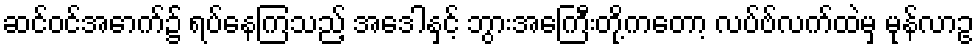
ဆင်ဝင်အောက်၌ ရပ်နေကြသည့် အေဒါနှင့် ဘွားအေကြီးတို့ကတော့ လပ်ဗ်လက်ထဲမှ မုန်လာဥ